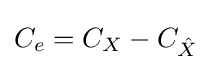
C_{e}=C_{X}-C_{\hat {X}}